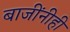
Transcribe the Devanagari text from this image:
बाजींनीही